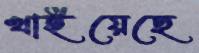
খাইয়েছে